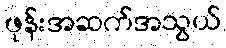
ဖုန်းအဆက်အသွယ်